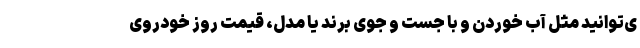
ی‌توانید مثل آب خوردن و با جست و جوی برند یا مدل، قیمت روز خودروی